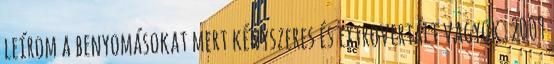
leírom a benyomásokat mert kényszeres és extrovertált vagyok. 2009